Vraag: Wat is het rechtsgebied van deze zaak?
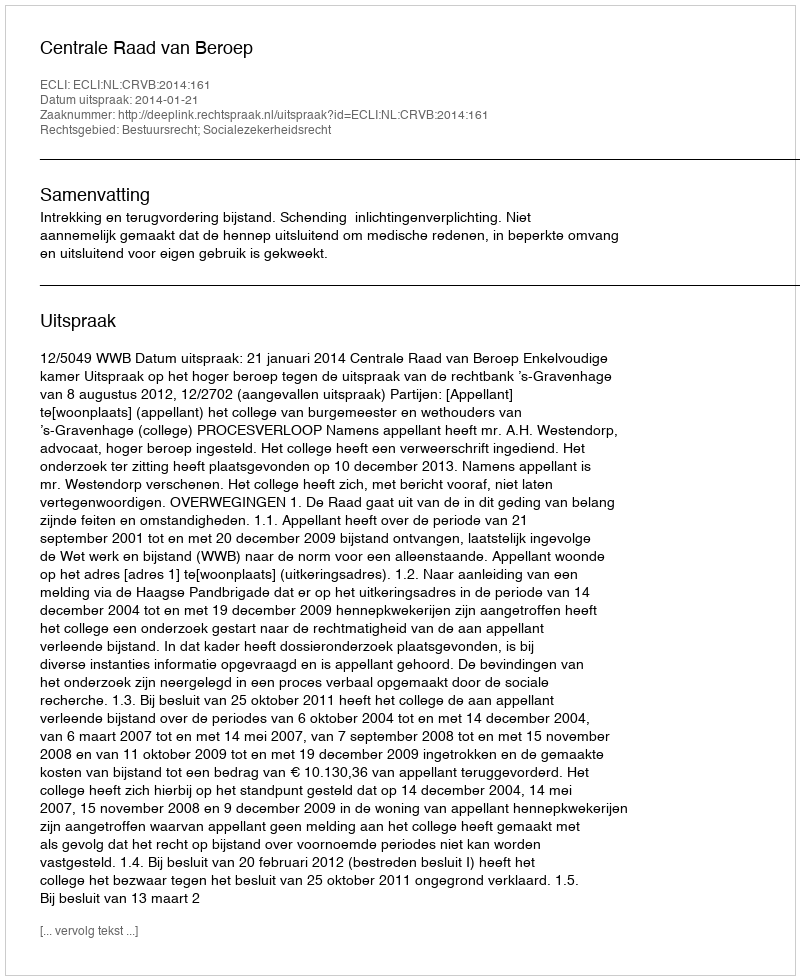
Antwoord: Bestuursrecht; Socialezekerheidsrecht